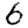
Digit: 6